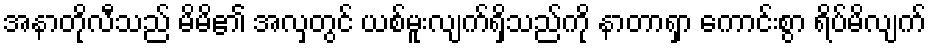
အနာတိုလီသည် မိမိ၏ အလှတွင် ယစ်မူးလျက်ရှိသည်ကို နာတာရှာ ကောင်းစွာ ရိပ်မိလျက်